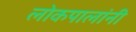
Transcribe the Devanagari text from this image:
लोकपालांनी